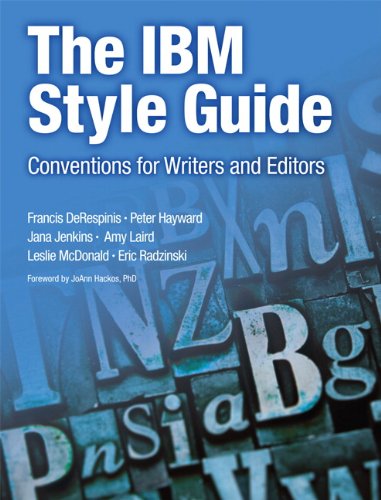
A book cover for The IBM Style Guide: Conventions for Writers and Editors (IBM Press); Francis DeRespinis; Computers & Technology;